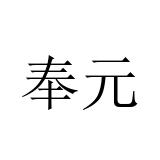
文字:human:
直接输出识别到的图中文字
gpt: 奉元